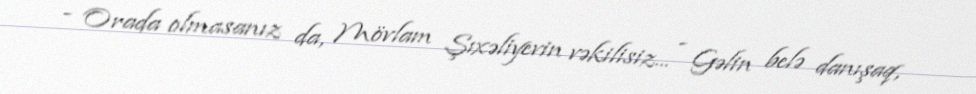
- Orada olmasanız da, Mövlam Şıxəliyevin vəkilisiz... - Gəlin belə danışaq,